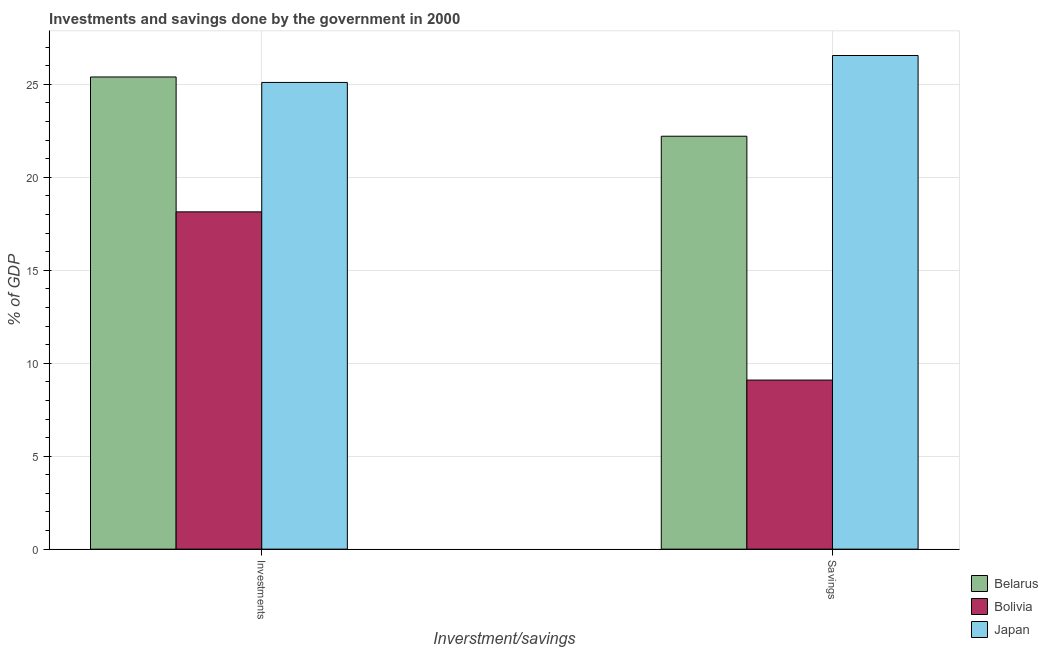
| Inverstment/savings | Belarus | Bolivia | Japan |
 | --- | --- | --- | --- |
 | Investments | 25.4 | 18.1 | 25.1 |
 | Savings | 22.2 | 9.1 | 26.6 |